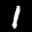
Label: 1